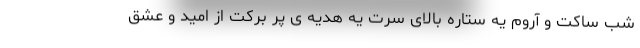
شب ساکت و آروم یه ستاره بالای سرت یه هدیه ی پر برکت از امید و عشق